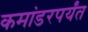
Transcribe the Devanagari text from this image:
कमांडरपर्यंत